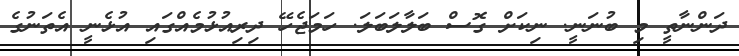
ދަންނާތީ މި ބުނަނީ. ނިކަށް ގޮސް ބަލާލަބަލަ. ހަމަޖެހޭ ދިރިއުޅުމެއްގައި އުޅެނީ އެތަނުގެ